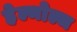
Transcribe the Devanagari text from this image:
हेल्मोल्ज